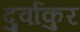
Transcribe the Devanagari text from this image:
दुर्वांकुर